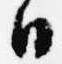
日